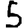
Digit: 5